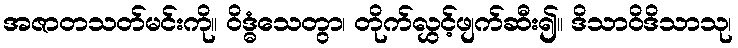
အဇာတသတ်မင်းကို။ ဝိဒ္ဓံသေတွာ၊ တိုက်လွှင့်ဖျက်ဆီး၍။ ဒိသာဝိဒိသာသု၊